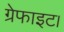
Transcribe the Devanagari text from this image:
ग्रेफाइट।